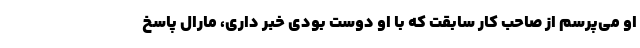
او می‌پرسم از صاحب کار سابقت که با او دوست بودی خبر داری، مارال پاسخ